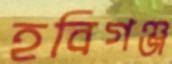
হবিগঞ্জ